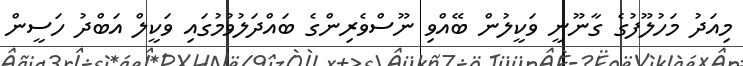
މިއަދު މަހުލޫފުގެ ގާނޫނީ ވަކީލުން ބޭއްވި ނޫސްވެރިންގެ ބައްދަލުވުމުގައި ވަކީލް އަބްދު ހަސީން